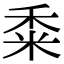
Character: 𥞫